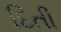
દિતી